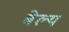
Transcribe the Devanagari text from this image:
बेल्य